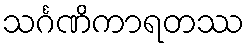
သင်္ဂဏိကာရတဿ